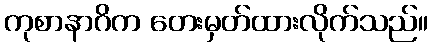
ကုစာနာဂိက တေးမှတ်ထားလိုက်သည်။